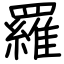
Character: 羅